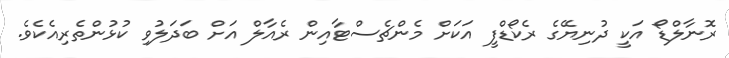
ރޮނާލްޑޯ އަކީ ދުނިޔޭގެ ރެކޯޑްފީ އަކަށް މެންޗެސްޓާއިން ރެއާލް އަށް ބަދަލުވި ކުޅުންތެރިއެކެވެ.